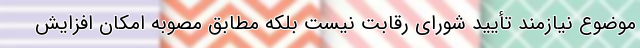
موضوع نیازمند تأیید شورای رقابت نیست بلکه مطابق مصوبه امکان افزایش